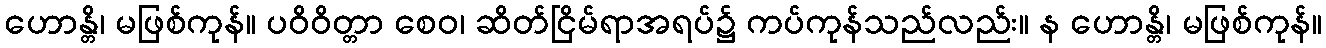
ဟောန္တိ၊ မဖြစ်ကုန်။ ပဝိဝိတ္တာ စေဝ၊ ဆိတ်ငြိမ်ရာအရပ်၌ ကပ်ကုန်သည်လည်း။ န ဟောန္တိ၊ မဖြစ်ကုန်။